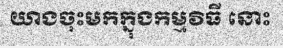
យាងចុះមកក្នុងកម្មវិធី នោះ